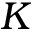
K